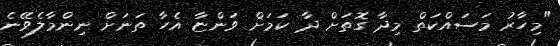
"މިހާރު މަސައްކަތް މިދާ ގޮތަށް ދާ ކަމަށް ވަންޏާ އެހާ ތަނަށް ނިންމާލެވޭނެ